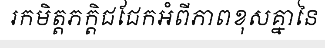
រកមិត្តភក្តិជជែកអំពីភាពខុសគ្នានៃ